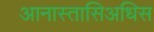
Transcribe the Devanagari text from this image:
आनास्तासिअधिस